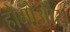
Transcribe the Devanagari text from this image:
होमोओस